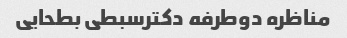
مناظره دوطرفه دکترسبطی بطحایی